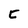
Character: C